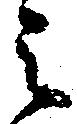
之